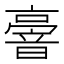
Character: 𠆒